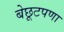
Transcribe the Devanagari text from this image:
बेछूटपणा